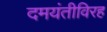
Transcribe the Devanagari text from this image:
दमयंतीविरह